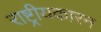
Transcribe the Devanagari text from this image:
राष्ट्रीयकारन